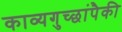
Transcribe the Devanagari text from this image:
काव्यगुच्छांपैकी